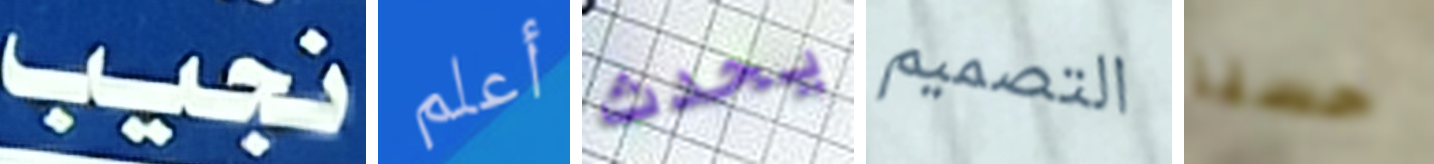
نجيب أعلم يحدث التصميم حسنا